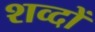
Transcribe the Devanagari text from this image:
शव्दों